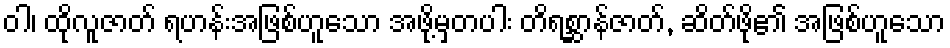
ဝါ၊ ထိုလူဇာတ် ရဟန်းအဖြစ်ဟူသော အဖို့မှတပါး တိရစ္ဆာန်ဇာတ်, ဆိတ်ဖို၏ အဖြစ်ဟူသော